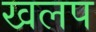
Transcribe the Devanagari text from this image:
खलप